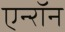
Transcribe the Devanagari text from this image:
एन्‍रॉन